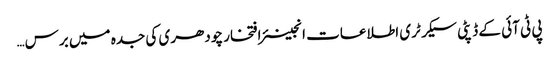
پی ٹی آئی کے ڈپٹی سیکرٹری اطلاعات انجینئر افتخار چودھری کی جدہ میں برس…